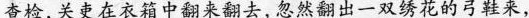
查检,关吏在衣箱中翻来翻去，忽然翻出一双绣花的弓鞋来，